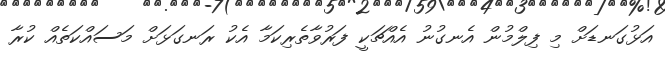
އަޅުގަނޑަށް މި ފިލްމުން އެނގުނު އެއްޗަކީ ފަރުވާތެރިކަމާ އެކު ރަނގަޅަށް މަސައްކަތެއް ކުރާ